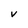
Character: v